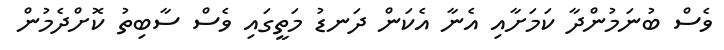
ވެސް ބުނަމުންދާ ކަމަށާއި އެނާ އެކަން ދަނޑު މަތީގައި ވެސް ސާބިތު ކޮށްދެމުން